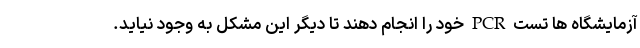
آزمایشگاه ها تست PCR خود را انجام دهند تا دیگر این مشکل به وجود نیاید.